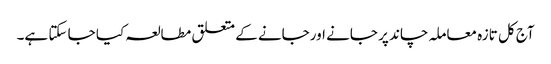
آج کل تازہ معاملہ چاند پر جانے اورجانے کے متعلق مطالعہ کیا جا سکتا ہے۔